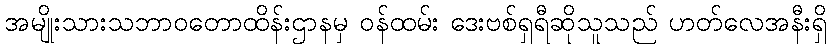
အမျိုးသားသဘာဝတောထိန်းဌာနမှ ဝန်ထမ်း ဒေးဗစ်ရှရီဆိုသူသည် ဟတ်လေအနီးရှိ